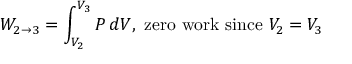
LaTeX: W _ { 2 \to 3 } = \int _ { V _ { 2 } } ^ { V _ { 3 } } P \, d V , \, \, { \mathrm { z e r o ~ w o r k ~ s i n c e ~ } } V _ { 2 } = V _ { 3 }